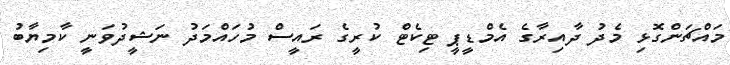
މައްޗަންގޮޅި މެދު ދާއިރާގެ އެމްޑީޕީ ޓިކެޓް ކުރީގެ ރައީސް މުހައްމަދު ނަޝީދުވަނީ ކާމިޔާބު